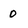
Character: 0